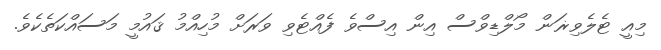
މިއީ ޓެލެވިޜަން މޯލްޑިވްސް އިން އިސްވެ ފެއްޓެވި ވަރަށް މުހިއްމު ޤައުމީ މަސައްކަތެކެވެ.